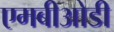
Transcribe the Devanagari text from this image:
एमबीओडी